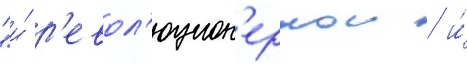
"и́ р'евол'юцион'еркои / и́